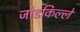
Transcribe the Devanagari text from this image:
जोडकिल्ले